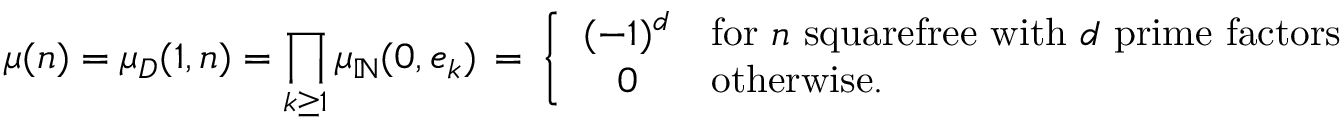
\mu ( n ) = \mu _ { D } ( 1 , n ) = \prod _ { k \geq 1 } \mu _ { \mathbb { N } } ( 0 , e _ { k } ) \, = \, \left\{ { \begin{array} { c l } { ( - 1 ) ^ { d } } & { { \mathrm { f o r ~ } } n { \mathrm { ~ s q u a r e f r e e ~ w i t h ~ } } d { \mathrm { ~ p r i m e ~ f a c t o r s } } } \\ { 0 } & { { \mathrm { o t h e r w i s e . } } } \end{array} } \right.